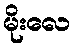
မိုးလေ